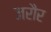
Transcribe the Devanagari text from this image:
जरौर